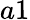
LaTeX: a1